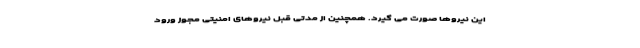
این نیروها صورت می گیرد. همچنین از مدتی قبل نیروهای امنیتی مجوز ورود